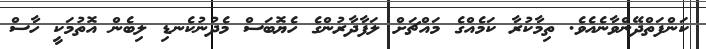
ކަންފަތްދޭންވާނެއެވެ. ތިމާކުރާ ކަމެއްގެ މައްޗަށް ލަފާދާރުންގެ ހެޔޮބަސް މެދުނުކެނޑި ލިބެން އޮތުމަކީ ހާސް